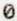
0